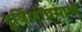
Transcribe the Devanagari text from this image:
दूर्बिणीप्रमाणे